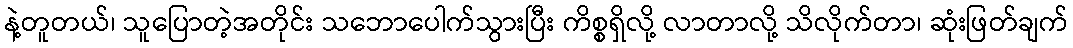
နဲ့တူတယ်၊ သူပြောတဲ့အတိုင်း သဘောပေါက်သွားပြီး ကိစ္စရှိလို့ လာတာလို့ သိလိုက်တာ၊ ဆုံးဖြတ်ချက်